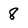
Character: 8